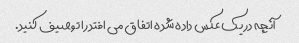
آنچه در یک عکس داده شده اتفاق می افتد را توصیف کنید.